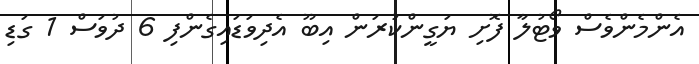
އެންމެންވެސް ވޯޓުލާ ފޮށި ޔަގީންކުރަން އިބޫ އެދިވަޑައިގެންފި 6 ދުވަސް 1 ގަޑި